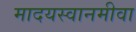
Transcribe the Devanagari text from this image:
मादयस्वानमीवा